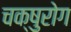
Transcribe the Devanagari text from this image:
चक्षुरोग